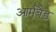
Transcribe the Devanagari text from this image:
आर्मबैंड